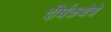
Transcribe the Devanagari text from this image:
दीर्घकथेचे